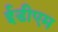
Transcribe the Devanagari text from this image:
ईडीएम